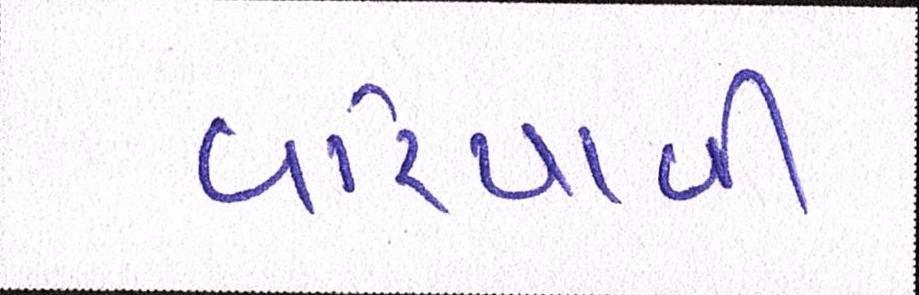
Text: વરિયાવી